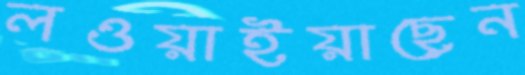
লওয়াইয়াছেন